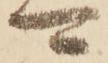
可